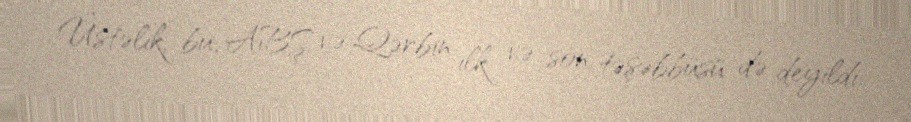
Üstəlik, bu, ABŞ və Qərbin ilk və son təşəbbüsü də deyildi.